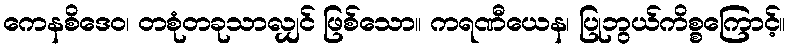
ကေနစိဒေဝ၊ တစုံတခုသာလျှင် ဖြစ်သော။ ကရဏီယေန၊ ပြုဘွယ်ကိစ္စကြောင့်။